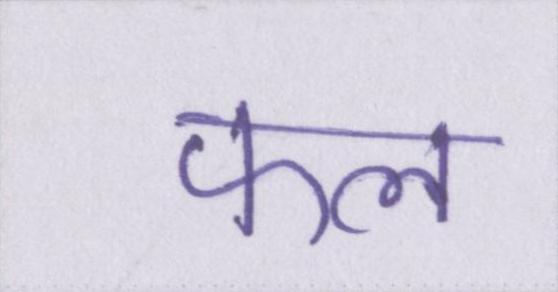
फल